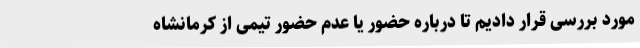
مورد بررسی قرار دادیم تا درباره حضور یا عدم حضور تیمی از کرمانشاه